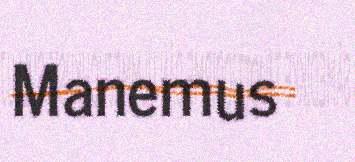
Manemus